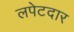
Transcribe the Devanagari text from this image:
लपेटदार